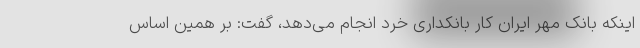
اینکه بانک مهر ایران کار بانکداری خرد انجام می‌دهد، گفت: بر همین اساس